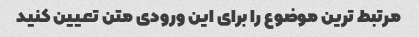
مرتبط ترین موضوع را برای این ورودی متن تعیین کنید